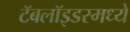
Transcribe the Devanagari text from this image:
टॅबलॉइडस्मध्ये